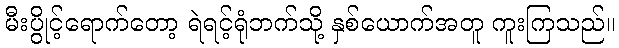
မီးပွိုင့်ရောက်တော့ ရဲရင့်ရုံဘက်သို့ နှစ်ယောက်အတူ ကူးကြသည်။